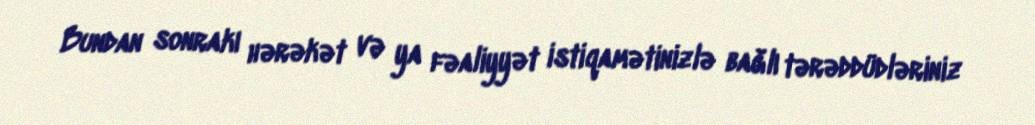
Bundan sonrakı hərəkət və ya fəaliyyət istiqamətinizlə bağlı tərəddüdləriniz